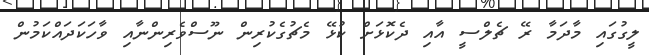
ލީގުގައި މާދަމާ ރޭ ޗެލްސީ އާއި ދެކޮޅަށް ކުޅޭ މެޗުގެކުރިން ނޫސްވެރިންނާއި ވާހަކަދައްކަމުން